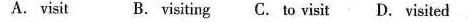
A. visit B. visiting C. to visit D. visited